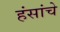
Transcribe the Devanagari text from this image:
हंसांचे